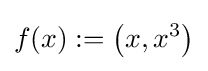
f(x):=\left(x,x^{3}\right)